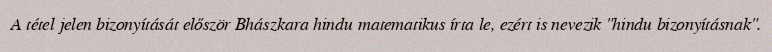
A tétel jelen bizonyítását először Bhászkara hindu matematikus írta le, ezért is nevezik "hindu bizonyításnak".